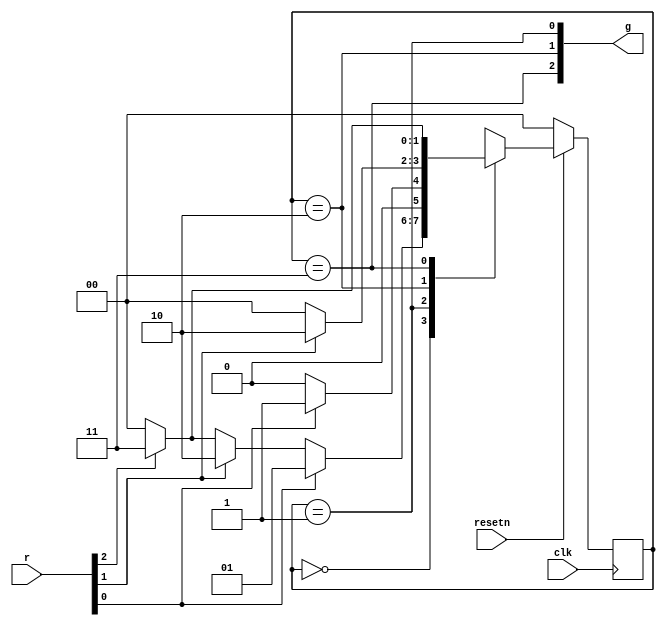
module top_module (
    input clk,
    input resetn,    // active-low synchronous reset
    input [3:1] r,   // request
    output [3:1] g   // grant
); 
    wire r1,r2,r3,g1,g2,g3;
    assign {r3,r2,r1} = r;
    assign g = {g3,g2,g1};
    
    parameter A=0,B=1,C=2,D=3;
    reg[1:0] state, next; 
    
    always@(*) begin
        case(state) 
            A: next = (r1)? B : (r2) ? C : (r3)? D : A;
            B: next = (r1)? B : A;
            C: next = (r2)? C : A;
            D: next = (r3)? D : A;
            default next = A;
        endcase
    end
    
    always@(posedge clk) begin
        if (!resetn)
            state <= A;
        else
            state <= next;
    end
    
    assign g1 = (state == B);
    assign g2 = (state == C);
    assign g3 = (state == D);
    
    
    

endmodule